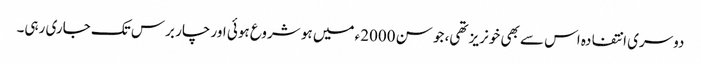
دوسری انتفادہ اس سے بھی خونریز تھی، جو سن 2000ء میں ہو شروع ہوئی اور چار برس تک جاری رہی۔